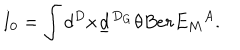
I _ { 0 } = \int d ^ { D } x \underline { { { d } } } ^ { D _ { G } } \theta B e r { E _ { M } } ^ { A } .